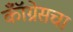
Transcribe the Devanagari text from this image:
कॉँग्रेसचा